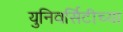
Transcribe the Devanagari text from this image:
युनिवर्सिटीच्या